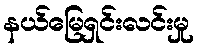
နယ်မြေရှင်းလင်းမှု